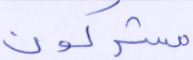
مشركون